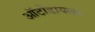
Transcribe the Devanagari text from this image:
ऑटोडायलर